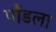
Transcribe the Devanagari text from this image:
पौंडला